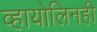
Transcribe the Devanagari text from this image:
व्हायोलिनही